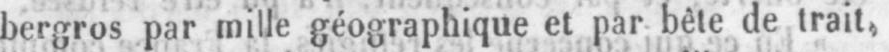
bergros par mille géographique et par bête de trait,